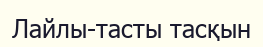
Лайлы-тасты тасқын